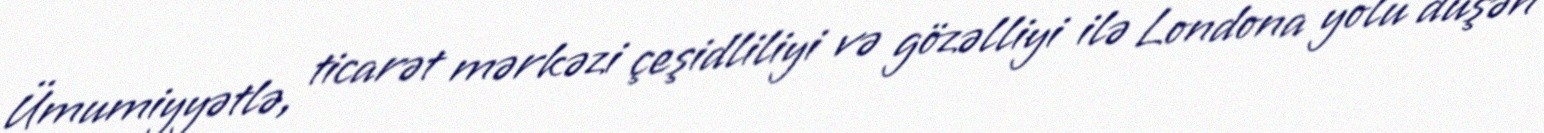
Ümumiyyətlə, ticarət mərkəzi çeşidliliyi və gözəlliyi ilə Londona yolu düşən